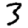
Digit: 3